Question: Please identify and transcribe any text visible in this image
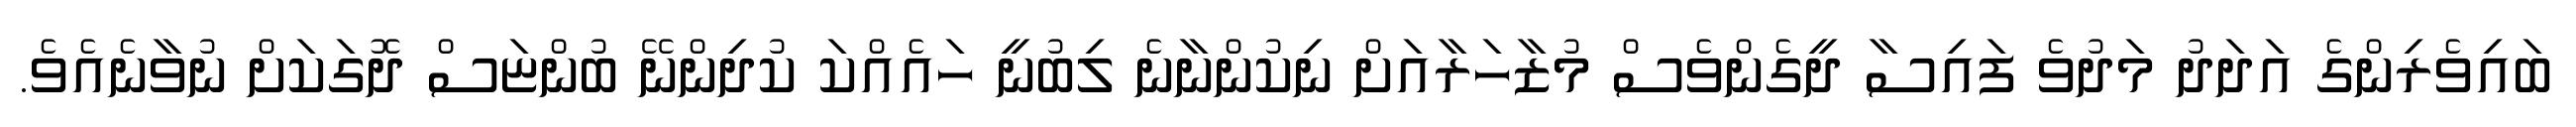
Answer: ބައިވެރިންގެ އަދަދު މަދުވެ ފައިސާ ދީގެންވެސް މުޒާހަރާއަށް ނިކުންނާނެ ލިބުނީ ހައެއްކަ ކުދިންނޭ ބުންޏަސް ދޮގަކަށް ނުވާނެއެވެ.